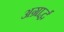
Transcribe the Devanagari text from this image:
अग्रार्द्ध